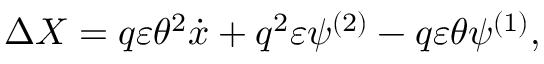
\Delta X = q \varepsilon \theta ^ { 2 } \dot { x } + q ^ { 2 } \varepsilon \psi ^ { ( 2 ) } - q \varepsilon \theta \psi ^ { ( 1 ) } ,